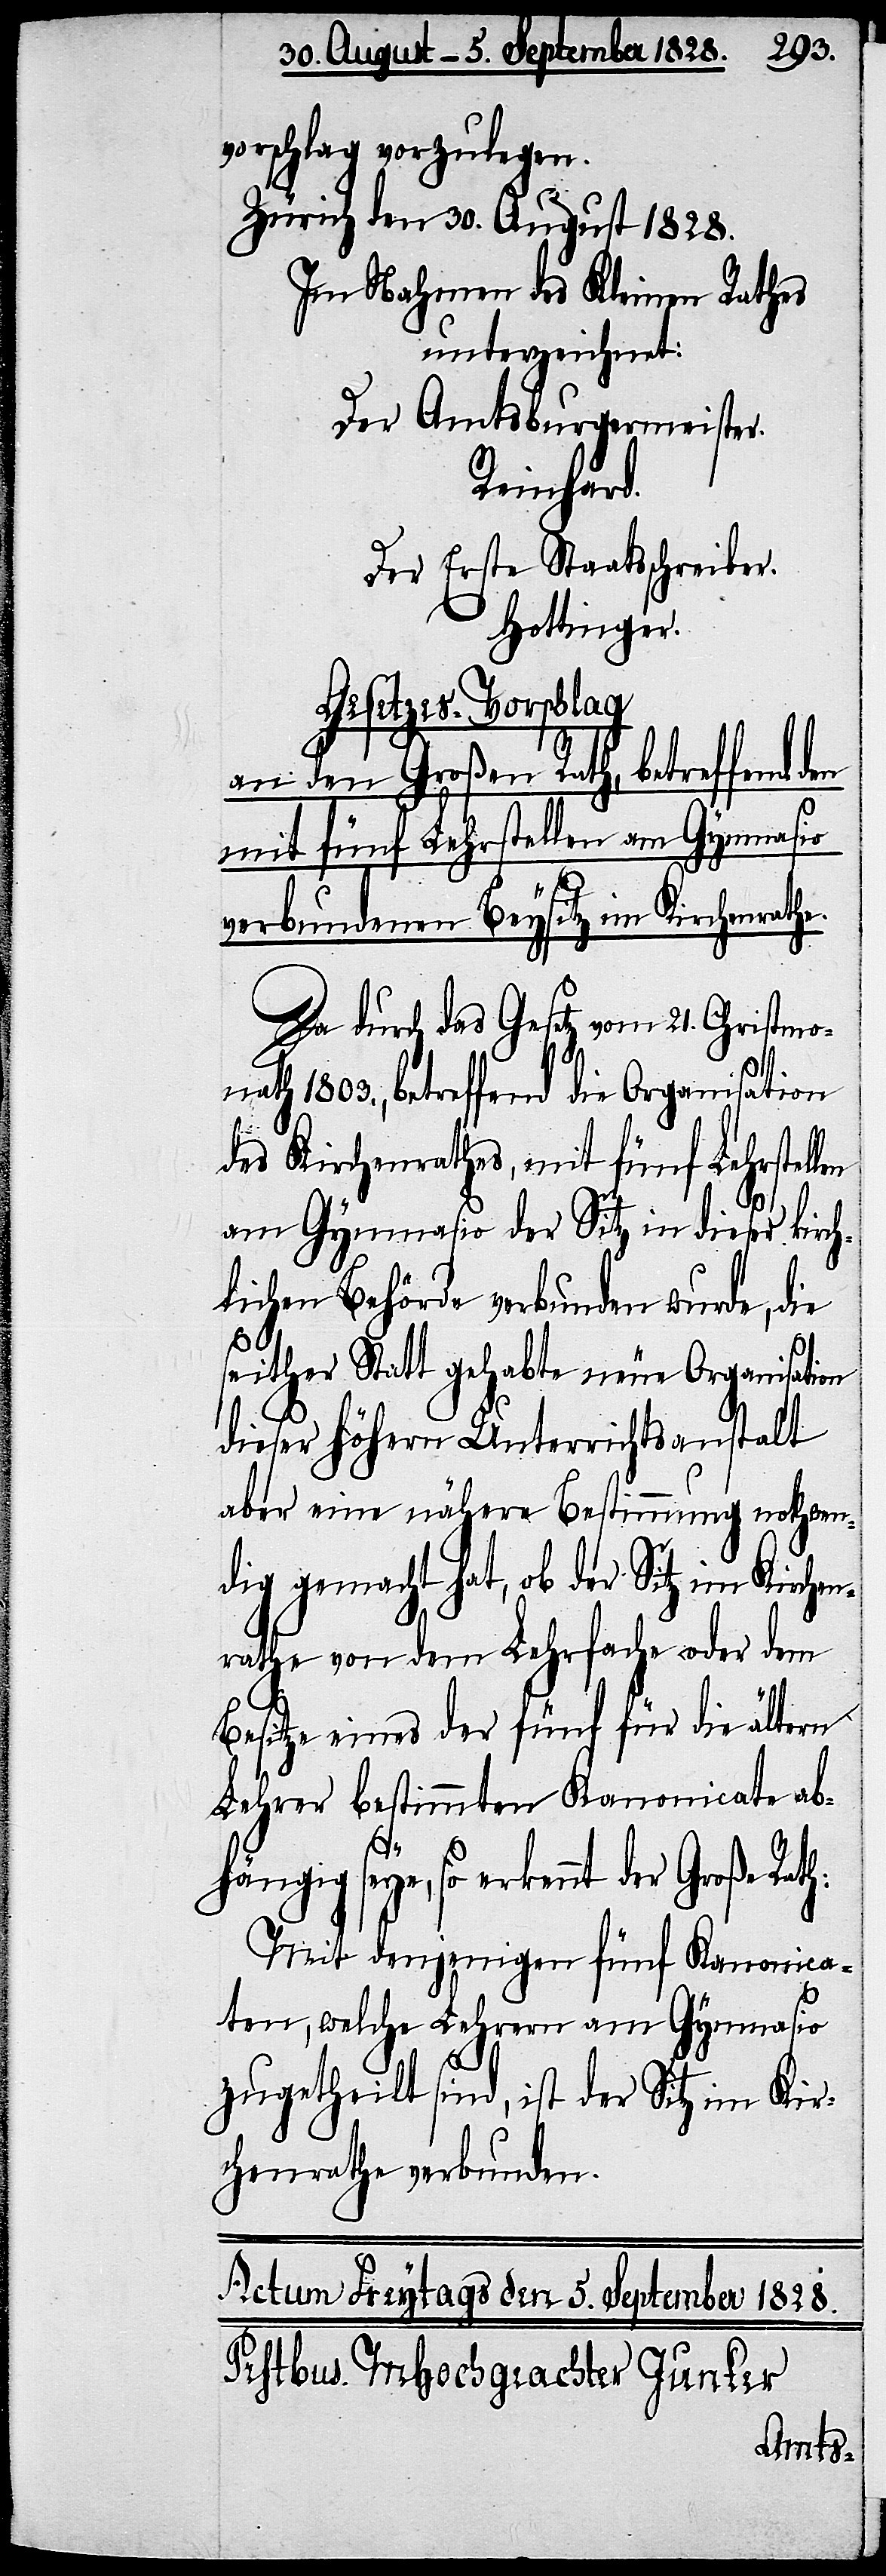
vorschlag vorzulegen.
Zürich den 30. August 1828.
Im Nahmen des Kleinen Rathes
unterzeichnet:
Der Amtsburgermeister.
Reinhard.
Der Erste Staatsschreiber.
Hottinger.
Gesetzes-Vorschlag
an den Großen Rath, betreffend den
mit fünf Lehrstellen am Gymnasio
len
verbundenen Beysitz im Kirchenrathe.
Da durch das Gesetz vom 21. Christmon¬
ath 1803., betreffend die Organisation
des Kirchenrathes, mit fünf Lehrstel¬
am Gymnasio der Sitz in dieser kirch¬
lichen Behörde verbunden wurde, die
seither Statt gehabte neue Organisation
dieser höhern Unterrichtsanstalt
aber eine nähere Bestimmung nothwen¬
dig gemacht hat, ob der Sitz im Kirchen¬
rathe von dem Lehrfache oder dem
Besitze eines der fünf für die ältern
Lehrer bestimmten Kanonicate ab¬
hängig seye, so erkennt der Große Rath:
Mit denjenigen fünf Kanonica¬
ten, welche Lehrern am Gymnasio
zugetheilt sind, ist der Sitz im Kir¬
chenrath verbunden.